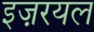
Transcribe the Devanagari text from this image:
इज़रयल